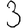
Digit: 3